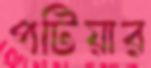
পটিয়ার